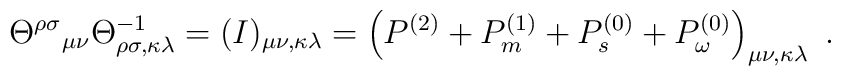
\Theta^{\rho \sigma}\mbox{}_{\mu \nu}\Theta^{-1}_{\rho \sigma ,\kappa \lambda}=(I)_{\mu \nu ,\kappa\lambda}=\left(P^{(2)}+P^{(1)}_m+P^{(0)}_s+P^{(0)}_{\omega}\right)_{\mu \nu ,\kappa \lambda}\ .